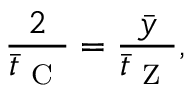
\frac { 2 } { \bar { t } _ { \mathrm { ~ C ~ } } } = \frac { \bar { y } } { \bar { t } _ { \mathrm { ~ Z ~ } } } ,